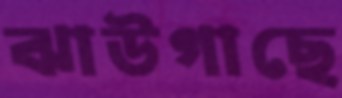
ঝাউগাছে